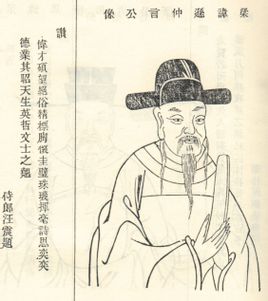
应知早飘落，故逐上春来。